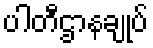
ပါတီဌာနချုပ်